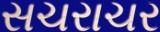
સચરાચર